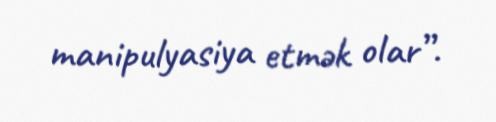
manipulyasiya etmək olar”.